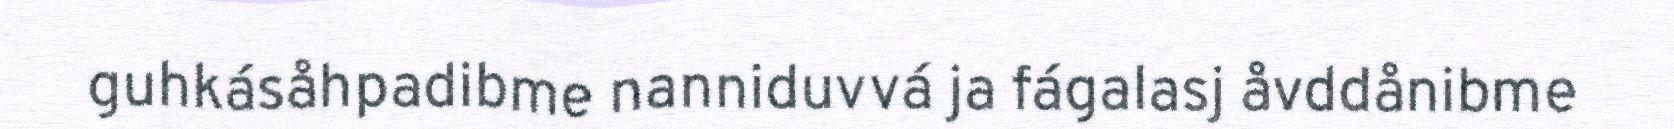
guhkásåhpadibme nanniduvvá ja fágalasj åvddånibme